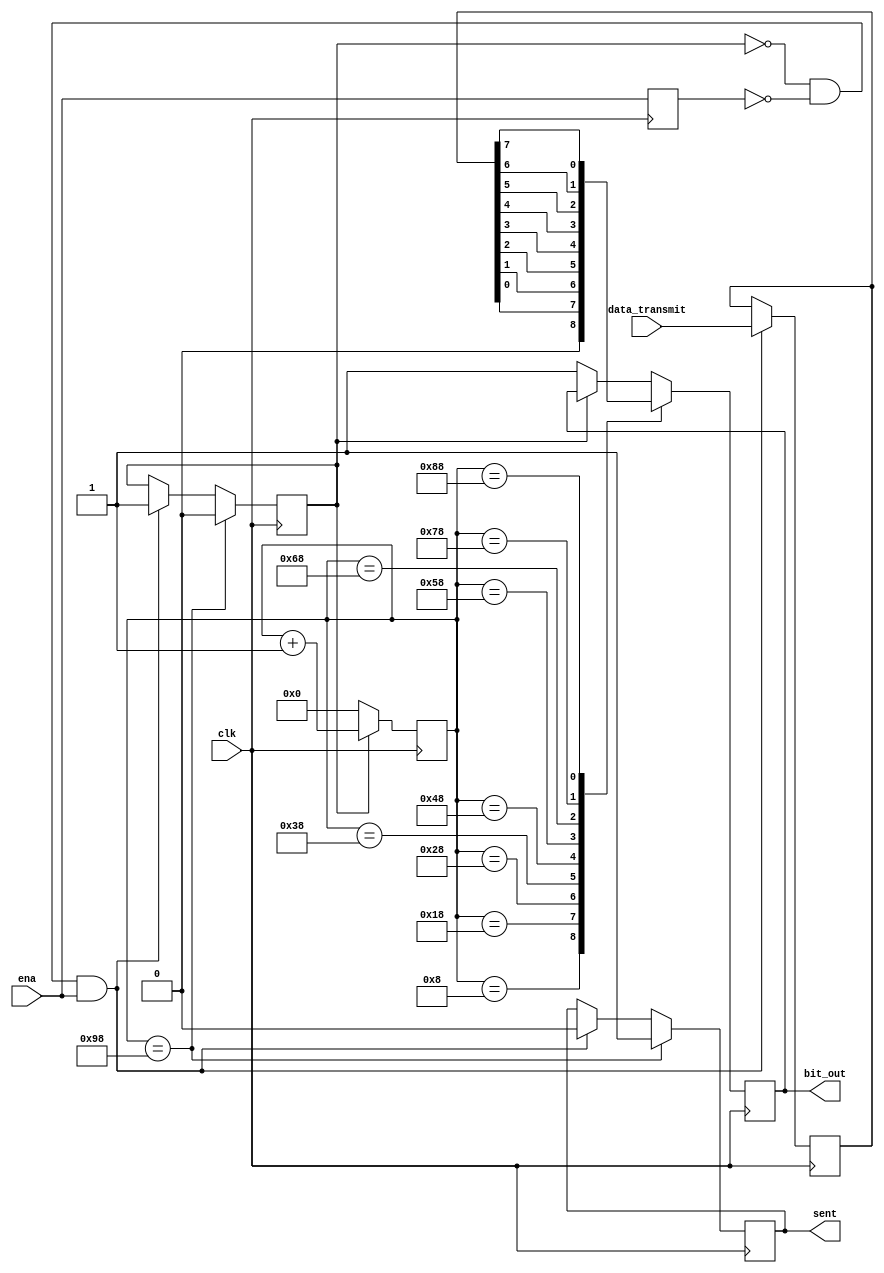
`timescale 1ns / 1ps

module uart_tx (
    input clk,
    input [7:0] data_transmit,
    input ena,
    output reg sent,
    output reg bit_out
    );
    
    reg last_ena;
    reg sending = 0;
    reg [7:0] count;
    reg [7:0] tmp;
    
    always@(posedge clk) begin
        if (~sending & ~last_ena & ena) begin
            tmp <= data_transmit;
            sending <= 1;
            sent <= 0;
            count <= 0;
        end
        
        last_ena <= ena;
        
        if (sending)    count <= count + 1;
        else            begin count <= 0; bit_out <= 1; end
        
        
        case (count)
            8'd8: bit_out <= 0;
            8'd24: bit_out <= tmp[0];  
            8'd40: bit_out <= tmp[1];
            8'd56: bit_out <= tmp[2];
            8'd72: bit_out <= tmp[3];
            8'd88: bit_out <= tmp[4];
            8'd104: bit_out <= tmp[5];
            8'd120: bit_out <= tmp[6];
            8'd136: bit_out <= tmp[7];
            8'd152: begin sent <= 1; sending <= 0; end
        endcase
    end

endmodule